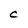
Character: C